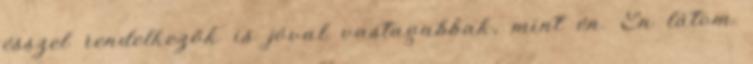
ésszel rendelkezők is jóval vastagabbak, mint én. Én látom